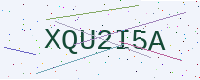
Text: XQU2I5A